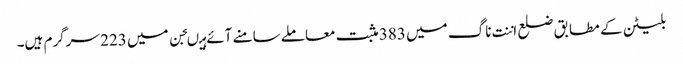
بلیٹن کے مطابق ضلع اننت ناگ میں 383 مثبت معاملے سامنے آئے ہیںجن میں 223 سرگرم ہیں۔